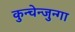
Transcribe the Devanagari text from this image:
कुन्चेन्जुन्गा